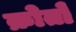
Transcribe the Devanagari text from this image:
क्रोतों